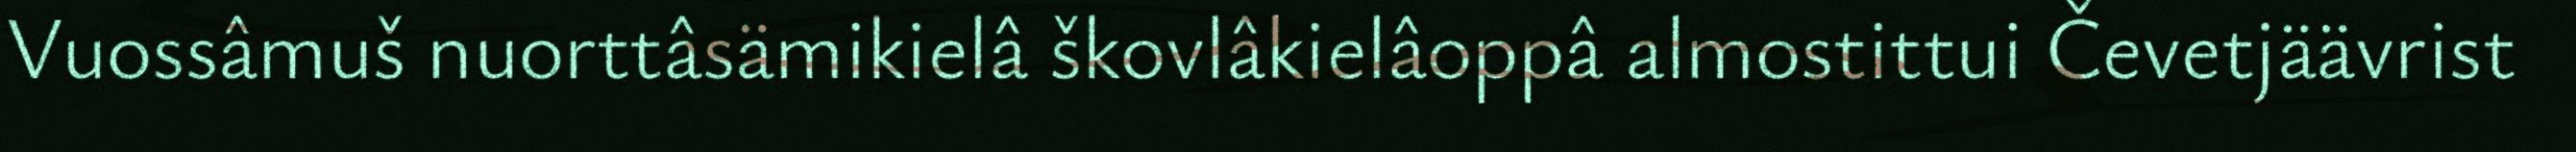
Vuossâmuš nuorttâsämikielâ škovlâkielâoppâ almostittui Čevetjäävrist